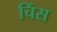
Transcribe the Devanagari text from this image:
चिंस